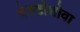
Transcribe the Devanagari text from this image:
चेस्टोशोवा